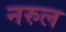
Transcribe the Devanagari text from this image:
नरुल